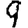
Digit: 9